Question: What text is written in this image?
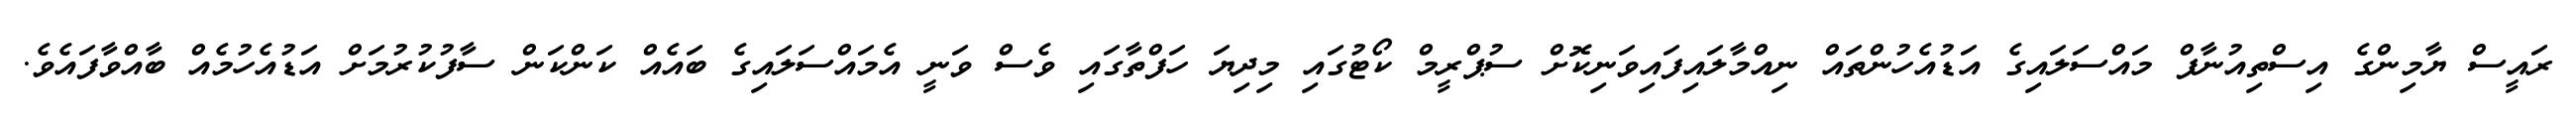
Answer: ރައީސް ޔާމިންގެ އިސްތިއުނާފް މައްސަލައިގެ އަޑުއެހުންތައް ނިއްމާލައިފައިވަނިކޮށް ސުޕްރީމް ކޯޓުގައި މިދިޔަ ހަފްތާގައި ވެސް ވަނީ އެމައްސަލައިގެ ބައެއް ކަންކަން ސާފުކުރުމަށް އަޑުއެހުމެއް ބާއްވާފައެވެ.